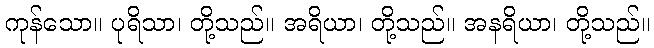
ကုန်သော။ ပုရိသာ၊ တို့သည်။ အရိယာ၊ တို့သည်။ အနရိယာ၊ တို့သည်။